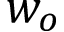
w _ { o }